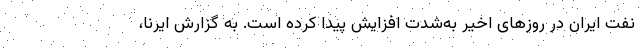
نفت ایران در روزهای اخیر به‌شدت افزایش پیدا کرده است. به گزارش ایرنا،